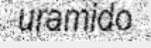
uramido